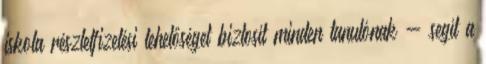
iskola részletfizetési lehetőséget biztosít minden tanulónak - segít a